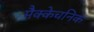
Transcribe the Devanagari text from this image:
मैक्केचनिक